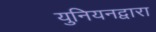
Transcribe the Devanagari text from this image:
युनियनद्वारा